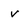
Character: v